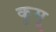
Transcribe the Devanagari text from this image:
कूमू